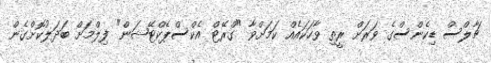
ޗާލްސް ޑިކެންސްގެ ވަރަށް ރީތި ވާހަކައެއް ކަމަށްވާ "ގްރޭޓް އެކްސްޕެކްޓޭޝަން" ފިލްމަށް ބަދަލުކޮށްގެން